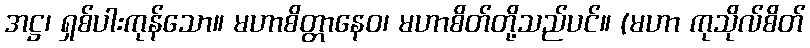
အဋ္ဌ၊ ရှစ်ပါးကုန်သော။ မဟာစိတ္တာနေဝ၊ မဟာစိတ်တို့သည်ပင်။ (မဟာ ကုသိုလ်စိတ်